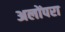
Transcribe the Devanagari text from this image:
अलोंपरा